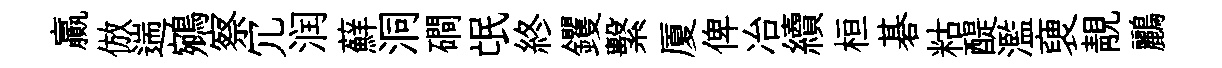
贏倣遄鵷察冗润蘚洞磵氓終钁繫厦俾冶續桓碁䊀醍濫褏靚鸝